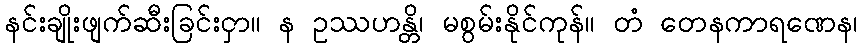
နင်းချိုးဖျက်ဆီးခြင်းငှာ။ န ဥဿဟန္တိ၊ မစွမ်းနိုင်ကုန်။ တံ တေနကာရဏေန၊